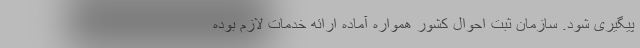
پیگیری شود. سازمان ثبت احوال کشور همواره آماده ارائه خدمات لازم بوده